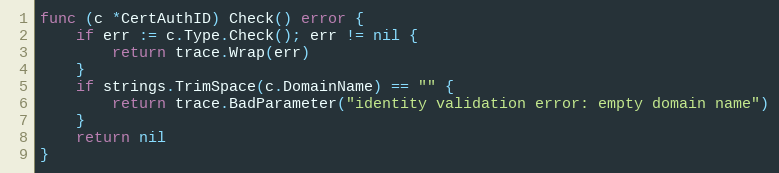
Language: Go
func (c *CertAuthID) Check() error {
	if err := c.Type.Check(); err != nil {
		return trace.Wrap(err)
	}
	if strings.TrimSpace(c.DomainName) == "" {
		return trace.BadParameter("identity validation error: empty domain name")
	}
	return nil
}